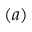
( a )